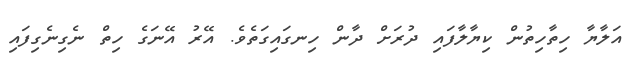
އަލާޔާ ހިތާހިތުން ކިޔާލާފައި ދުރަށް ދާން ހިނގައިގަތެވެ. އޭރު އޭނަގެ ހިތް ނެގިނެގިފައި